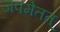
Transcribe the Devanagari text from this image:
जपमेतत्